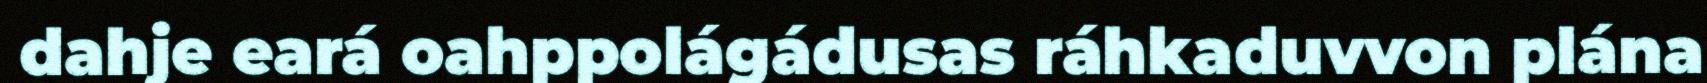
dahje eará oahppolágádusas ráhkaduvvon plána